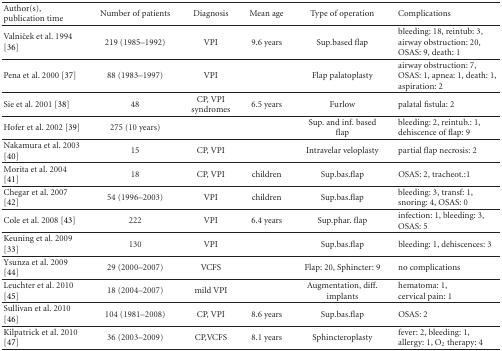
| Author(s), publication time | Number of patients | Diagnosis | Mean age | Type of operation | Complications |
 | --- | --- | --- | --- | --- | --- |
 | Valniček et al. 1994 [36] | 219 (1985–1992) | VPI | 9.6 years | Sup.based flap | bleeding: 18, reintub: 3,airway obstruction: 20,OSAS: 9, death: 1 |
 | Pena et al. 2000 [37] | 88 (1983–1997) | VPI |  | Flap palatoplasty | airway obstruction: 7,OSAS: 1, apnea: 1, death: 1, aspiration: 2 |
 | Sie et al. 2001 [38] | 48 | CP, VPI syndromes | 6.5 years | Furlow | palatal fistula: 2 |
 | Hofer et al. 2002 [39] | 275 (10 years) |  |  | Sup. and inf. based flap | bleeding: 2, reintub.: 1, dehiscence of flap: 9 |
 | Nakamura et al. 2003 [40] | 15 | CP, VPI |  | Intravelar veloplasty | partial flap necrosis: 2 |
 | Morita et al. 2004 [41] | 18 | CP, VPI | children | Sup.bas.flap | OSAS: 2, tracheot.:1 |
 | Chegar et al. 2007 [42] | 54 (1996–2003) | VPI | children | Sup.bas.flap | bleeding: 3, transf: 1, snoring: 4, OSAS: 0 |
 | Cole et al. 2008 [43] | 222 | VPI | 6.4 years | Sup.phar. flap | infection: 1, bleeding: 3, OSAS: 5 |
 | Keuning et al. 2009 [33] | 130 | VPI |  | Sup.bas.flap | bleeding: 1, dehiscences: 3 |
 | Ysunza et al. 2009 [44] | 29 (2000–2007) | VCFS |  | Flap: 20, Sphincter: 9 | no complications |
 | Leuchter et al. 2010 [45] | 18 (2004–2007) | mild VPI |  | Augmentation, diff. implants | hematoma: 1,cervical pain: 1 |
 | Sullivan et al. 2010 [46] | 104 (1981–2008) | CP, VPI | 8.6 years | Sup.bas.flap | OSAS: 2 |
 | Kilpatrick et al. 2010 [47] | 36 (2003–2009) | CP,VCFS | 8.1 years | Sphincteroplasty | fever: 2, bleeding: 1,allergy: 1, O2 therapy: 4 |